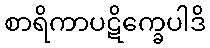
စာရိကာပဋိက္ခေပါဒိ